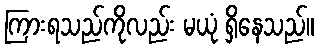
ကြားရသည်ကိုလည်း မယုံ ရှိနေသည်။